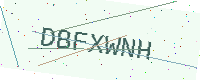
Text: DBFXWNH